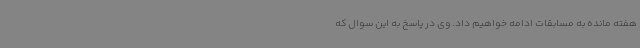
هفته مانده به مسابقات ادامه خواهیم داد. وی در پاسخ به این سوال که